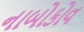
નાબોકોવ